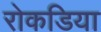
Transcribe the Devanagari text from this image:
रोकडिया